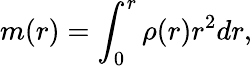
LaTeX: m(r)=\int_{0}^{r}\rho(r)r^{2}dr,